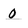
Character: O